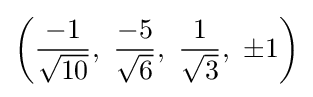
\left({\frac {-1}{\sqrt {10}}},\ {\frac {-5}{\sqrt {6}}},\ {\frac {1}{\sqrt {3}}},\ \pm 1\right)